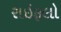
રાઇફલો